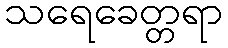
သရေခေတ္တရာ